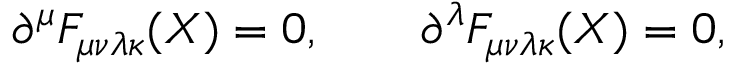
\partial ^ { \mu } F _ { \mu \nu \lambda \kappa } ( X ) = 0 , \qquad \partial ^ { \lambda } F _ { \mu \nu \lambda \kappa } ( X ) = 0 ,